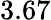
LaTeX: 3.67